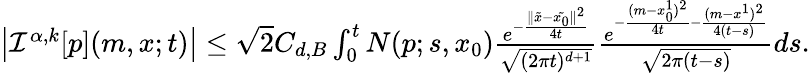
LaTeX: \begin{array}{r}{\left|{\mathcal I}^{\alpha,k}[p](m,x;t)\right|\leq\sqrt{2}C_{d,B}\int_{0}^{t}N(p;s,x_{0})\frac{e^{-\frac{\| \tilde{x}-\tilde{x_{0}}\| ^{2}}{4t}}}{\sqrt{(2\pi t)^{d+1}}}\frac{e^{-\frac{(m-x_{0}^{1})^{2}}{4t}-\frac{(m-x^{1})^{2}}{4(t-s)}}}{\sqrt{2\pi{(t-s)}}}ds.}\end{array}